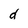
Character: d